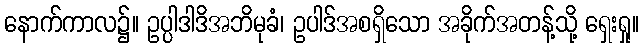
နောက်ကာလ၌။ ဥပ္ပါဒါဒိအဘိမုခံ၊ ဥပါဒ်အစရှိသော အခိုက်အတန့်သို့ ရှေးရှု။